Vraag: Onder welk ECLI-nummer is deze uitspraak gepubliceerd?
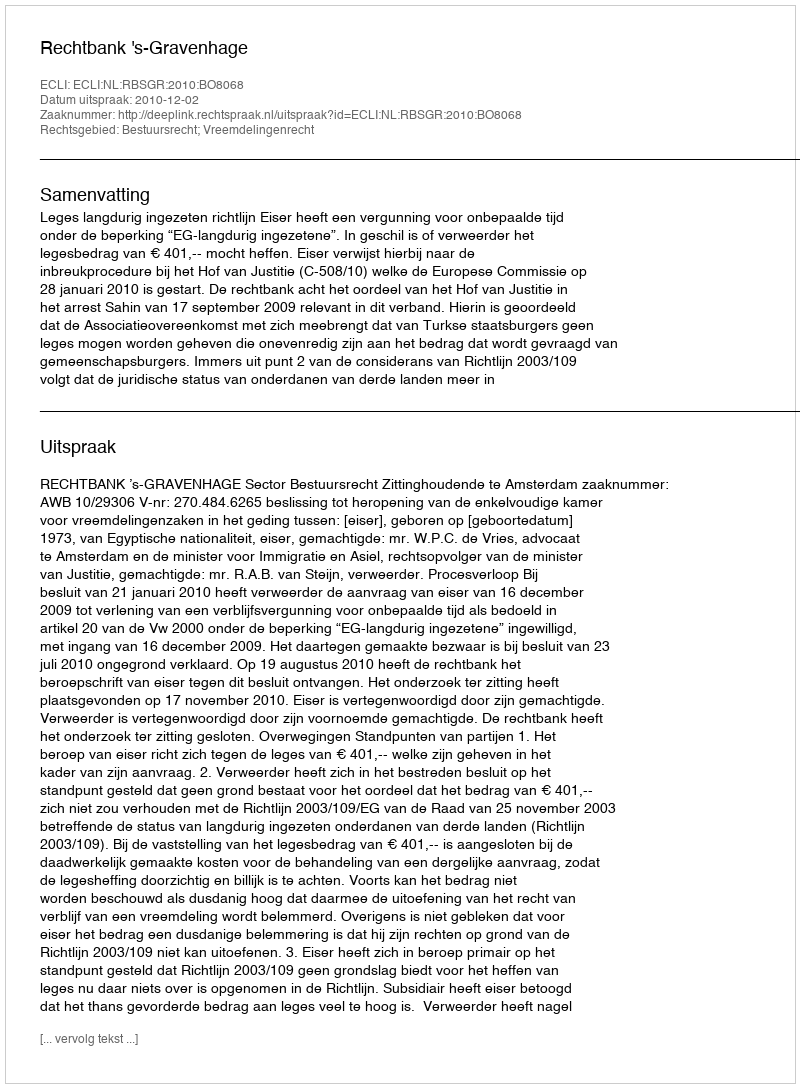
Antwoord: ECLI:NL:RBSGR:2010:BO8068